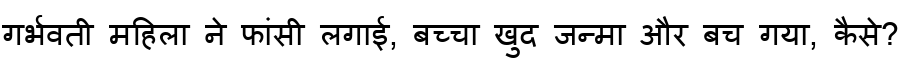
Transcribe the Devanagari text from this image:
गर्भवती महिला ने फांसी लगाई, बच्चा खुद जन्मा और बच गया, कैसे?